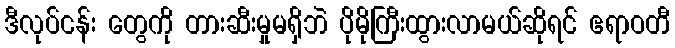
ဒီလုပ်ငန်း တွေကို တားဆီးမှုမရှိဘဲ ပိုမိုကြီးထွားလာမယ်ဆိုရင် ဧရာဝတီ